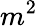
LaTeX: m^{2}